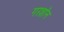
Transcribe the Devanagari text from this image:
गरशॉन